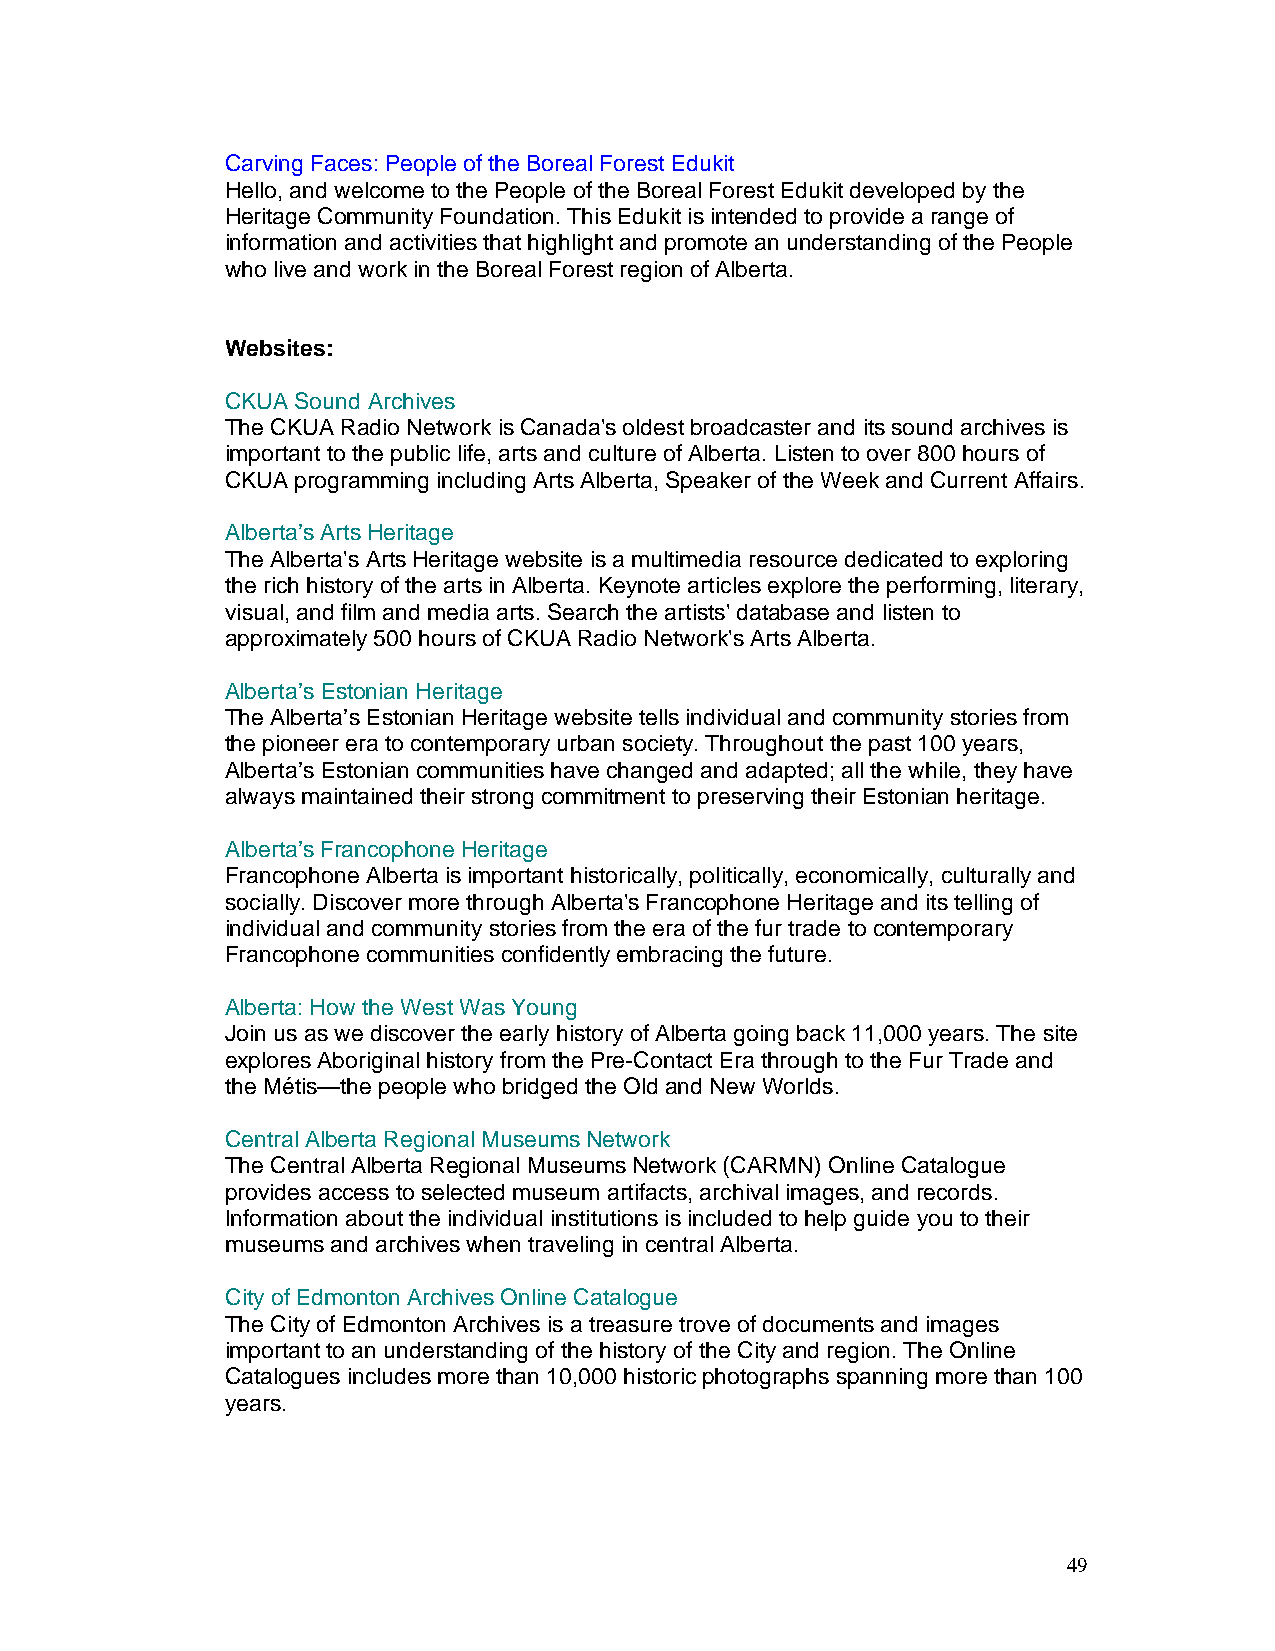
Carving Faces: People of the Boreal Forest Edukit
 Hello, and welcome to the People of the Boreal Forest Edukit developed by the
 Heritage Community Foundation. This Edukit is intended to provide a range of
 information and activities that highlight and promote an understanding of the People
 who live and work in the Boreal Forest region of Alberta.
 Websites:
 CKUA Sound Archives
 The CKUA Radio Network is Canada's oldest broadcaster and its sound archives is
 important to the public life, arts and culture of Alberta. Listen to over 800 hours of
 CKUA programming including Arts Alberta, Speaker of the Week and Current Affairs.
 Alberta’s Arts Heritage
 The Alberta's Arts Heritage website is a multimedia resource dedicated to exploring
 the rich history of the arts in Alberta. Keynote articles explore the performing, literary,
 visual, and film and media arts. Search the artists' database and listen to
 approximately 500 hours of CKUA Radio Network's Arts Alberta.
 Alberta’s Estonian Heritage
 The Alberta’s Estonian Heritage website tells individual and community stories from
 the pioneer era to contemporary urban society. Throughout the past 100 years,
 Alberta’s Estonian communities have changed and adapted; all the while, they have
 always maintained their strong commitment to preserving their Estonian heritage.
 Alberta’s Francophone Heritage
 Francophone Alberta is important historically, politically, economically, culturally and
 socially. Discover more through Alberta's Francophone Heritage and its telling of
 individual and community stories from the era of the fur trade to contemporary
 Francophone communities confidently embracing the future.
 Alberta: How the West Was Young
 Join us as we discover the early history of Alberta going back 11,000 years. The site
 explores Aboriginal history from the Pre-Contact Era through to the Fur Trade and
 the Métis—the people who bridged the Old and New Worlds.
 Central Alberta Regional Museums Network
 The Central Alberta Regional Museums Network (CARMN) Online Catalogue
 provides access to selected museum artifacts, archival images, and records.
 Information about the individual institutions is included to help guide you to their
 museums and archives when traveling in central Alberta.
 City of Edmonton Archives Online Catalogue
 The City of Edmonton Archives is a treasure trove of documents and images
 important to an understanding of the history of the City and region. The Online
 Catalogues includes more than 10,000 historic photographs spanning more than 100
 years.
 49